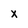
Character: x